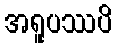
အရူပဿပိ